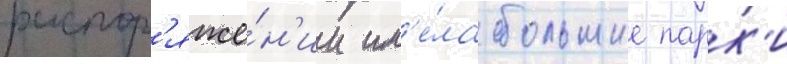
распор'яже́н'ии им'е́ла большие парк'и